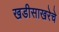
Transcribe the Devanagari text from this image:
खडीसाखरेचे